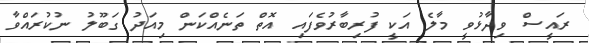
ރައީސް ވިދާޅުވީ މާލެ އަކީ ފުރިބާރުވެފައި އޮތް ތަނެއްކަން މިއަދު ގަބޫލު ނުކުރައްވާ